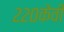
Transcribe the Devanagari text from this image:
२२०केवी